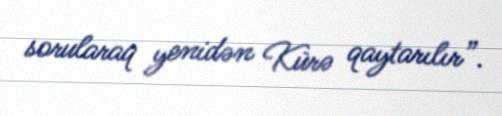
sorularaq yenidən Kürə qaytarılır”.